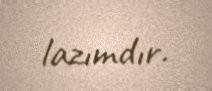
lazımdır.